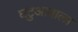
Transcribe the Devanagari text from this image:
घटुआवाला